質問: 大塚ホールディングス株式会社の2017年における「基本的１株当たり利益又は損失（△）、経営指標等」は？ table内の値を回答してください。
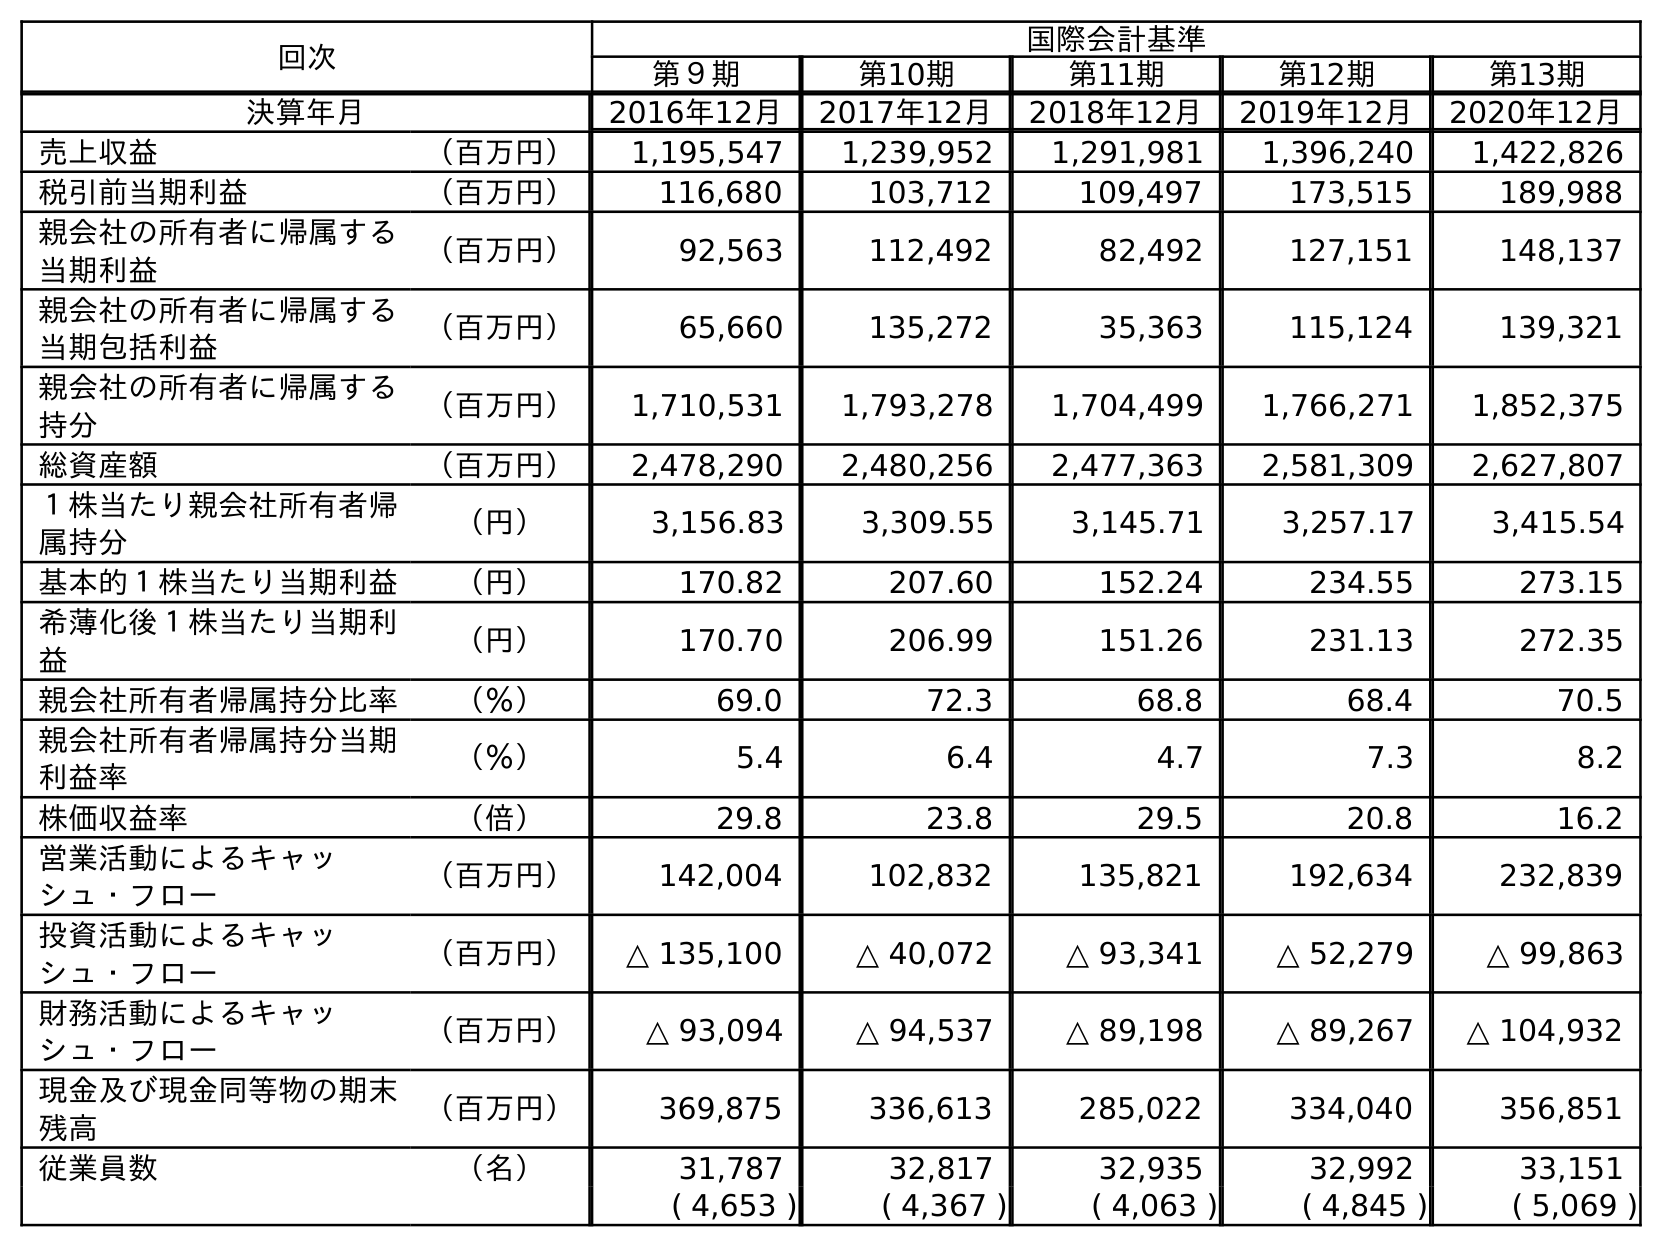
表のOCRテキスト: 回次 国際会計基準 第９期 第10期 第11期 第12期 第13期 決算年月 2016年12月 2017年12月 2018年12月 2019年12月 2020年12月 売上収益 （百万円） 1,195,547 1,239,952 1,291,981 1,396,240 1,422,826 税引前当期利益 （百万円） 116,680 103,712 109,497 173,515 189,988 親会社の所有者に帰属する 当期利益 （百万円） 92,563 112,492 82,492 127,151 148,137 親会社の所有者に帰属する 当期包括利益 （百万円） 65,660 135,272 35,363 115,124 139,321 親会社の所有者に帰属する 持分 （百万円） 1,710,531 1,793,278 1,704,499 1,766,271 1,852,375 総資産額 （百万円） 2,478,290 2,480,256 2,477,363 2,581,309 2,627,807 １株当たり親会社所有者帰 属持分 （円） 3,156.83 3,309.55 3,145.71 3,257.17 3,415.54 基本的１株当たり当期利益 （円） 170.82 207.60 152.24 234.55 273.15 希薄化後１株当たり当期利 益 （円） 170.70 206.99 151.26 231.13 272.35 親会社所有者帰属持分比率 （％） 69.0 72.3 68.8 68.4 70.5 親会社所有者帰属持分当期 利益率 （％） 5.4 6.4 4.7 7.3 8.2 株価収益率 （倍） 29.8 23.8 29.5 20.8 16.2 営業活動によるキャッ シュ・フロー （百万円） 142,004 102,832 135,821 192,634 232,839 投資活動によるキャッ シュ・フロー （百万円） △ 135,100 △ 40,072 △ 93,341 △ 52,279 △ 99,863 財務活動によるキャッ シュ・フロー （百万円） △ 93,094 △ 94,537 △ 89,198 △ 89,267 △ 104,932 現金及び現金同等物の期末 残高 （百万円） 369,875 336,613 285,022 334,040 356,851 従業員数 （名） 31,787 32,817 32,935 32,992 33,151 ( 4,653 ) ( 4,367 ) ( 4,063 ) ( 4,845 ) ( 5,069 )
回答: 207.60